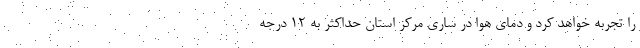
را تجربه خواهد کرد و دمای هوا در ساری مرکز استان حداکثر به ۱۲ درجه